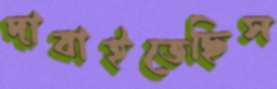
দাবাইতেছিস